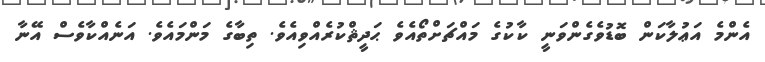
އެންމެ އަޢުލާކަން ބޮޑުވެގެންވަނީ ކާކުގެ މައްޗަށްތޯއެވެ ޙަދީޘްކުރެއްވިއެވެ. ތިބާގެ މަންމައެވެ. އަނެއްކާވެސް އޭނާ